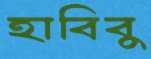
হাবিবু